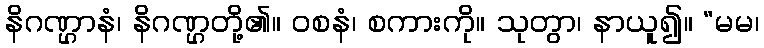
နိဂဏ္ဌာနံ၊ နိဂဏ္ဌတို့၏။ ဝစနံ၊ စကားကို။ သုတွာ၊ နာယူ၍။ “မမ၊